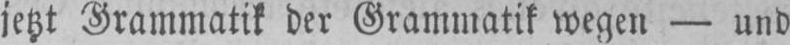
jetzt Grammatik der Grammatik wegen - und